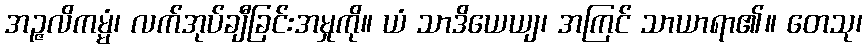
အဉ္ဇလိကမ္မံ၊ လက်အုပ်ချီခြင်းအမှုကို။ ယံ သာဒိယေယျ၊ အကြင် သာယာရာ၏။ တေသု၊